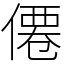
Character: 僊